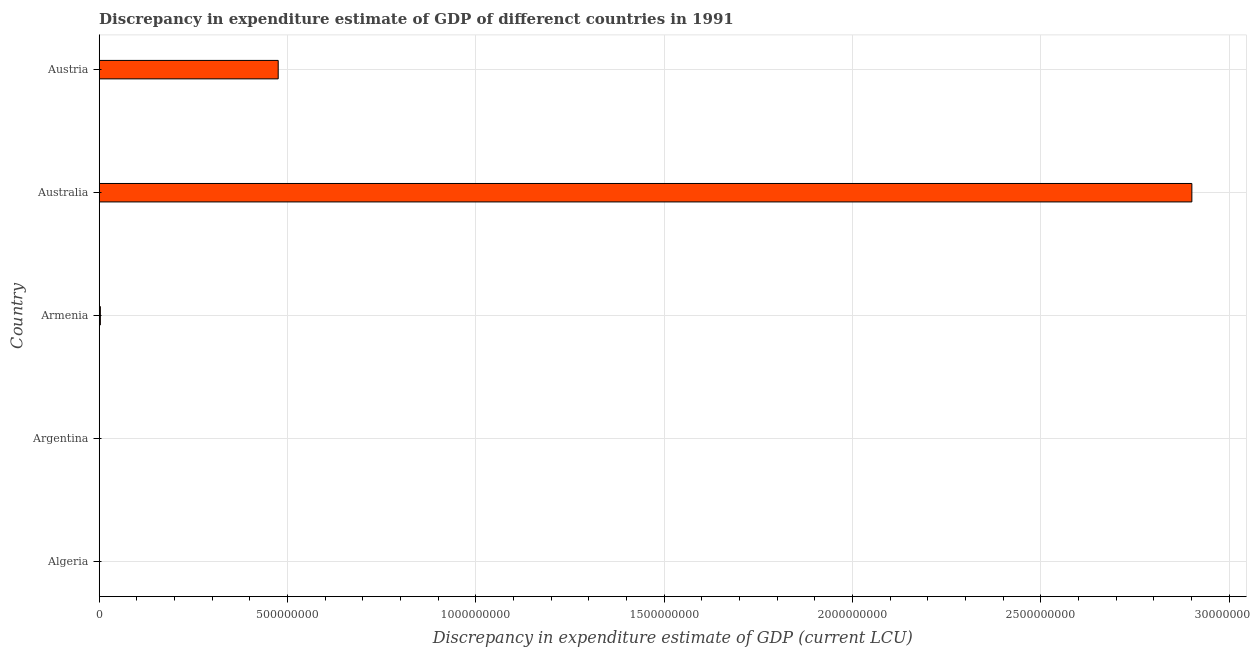
| Country | Discrepancy current LCU |
 | --- | --- |
 | Algeria | -3.28e+04 |
 | Argentina | 5.1e+03 |
 | Armenia | 3.03e+06 |
 | Australia | 2.9e+09 |
 | Austria | 4.75e+08 |